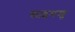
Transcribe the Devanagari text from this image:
साइमण्ड्स